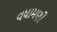
વધામણી